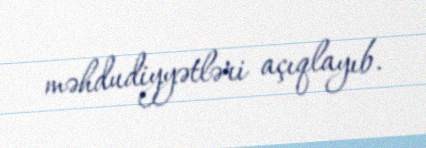
məhdudiyyətləri açıqlayıb.